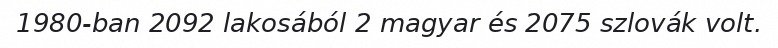
1980-ban 2092 lakosából 2 magyar és 2075 szlovák volt.